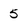
Character: 5